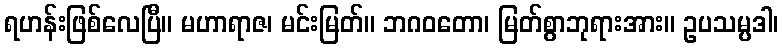
ရဟန်းဖြစ်လေပြီ။ မဟာရာဇ၊ မင်းမြတ်။ ဘဂဝတော၊ မြတ်စွာဘုရားအား။ ဥပသမ္ပဒါ၊